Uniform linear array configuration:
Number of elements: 12
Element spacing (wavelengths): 0.25
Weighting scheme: binomial
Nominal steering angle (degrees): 30
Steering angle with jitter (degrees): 28.451
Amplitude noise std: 0.05
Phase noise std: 0.05

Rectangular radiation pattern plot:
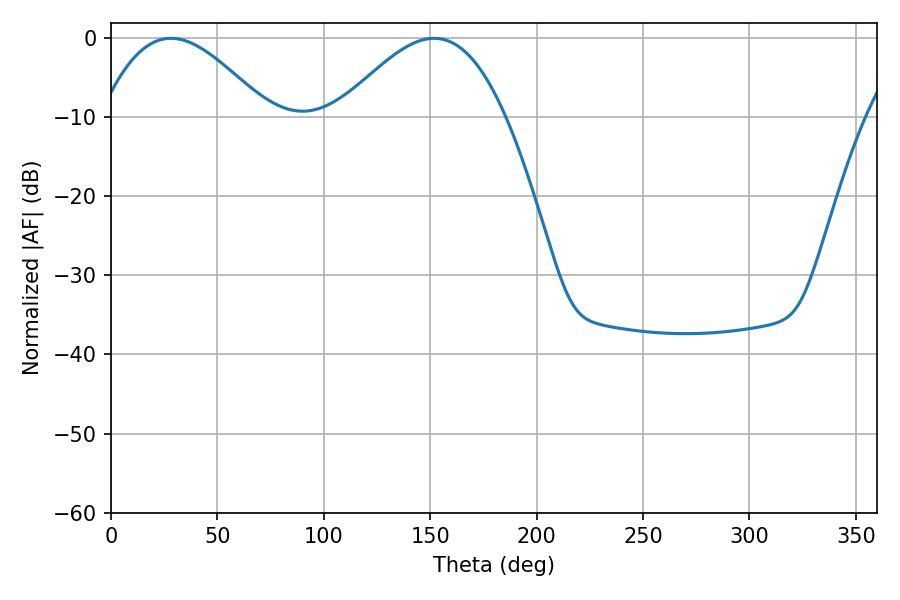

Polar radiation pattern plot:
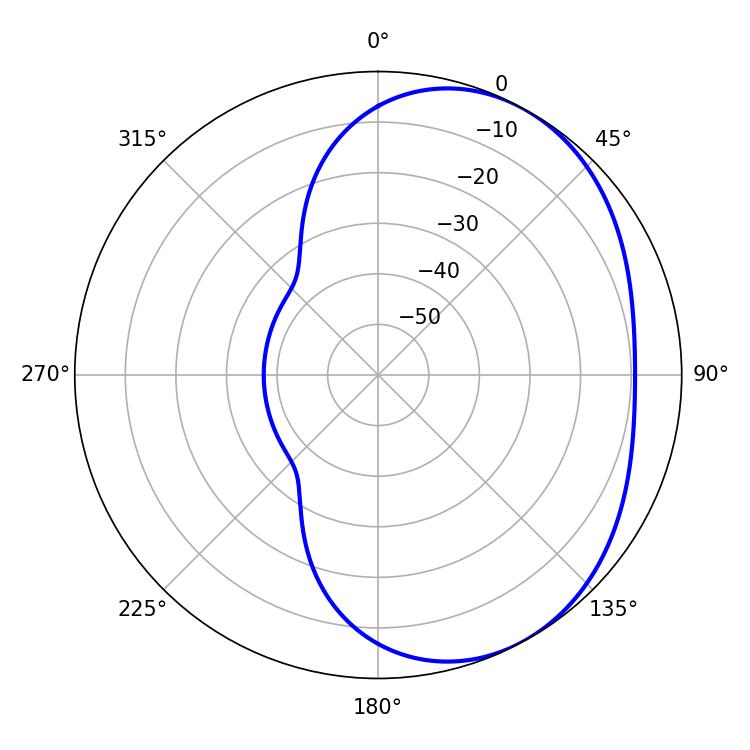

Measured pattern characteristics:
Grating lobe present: FALSE
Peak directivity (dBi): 3.655
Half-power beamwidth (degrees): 42.12
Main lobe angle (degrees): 28.26